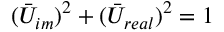
( \bar { U } _ { i m } ) ^ { 2 } + ( \bar { U } _ { r e a l } ) ^ { 2 } = 1